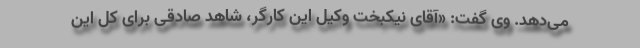
می‌دهد. وی گفت: «آقای نیکبخت وکیل این کارگر، شاهد صادقی برای کل این